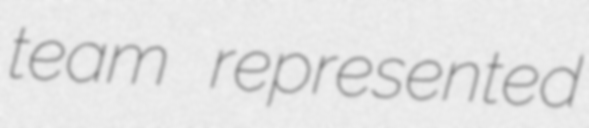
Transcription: team represented